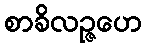
စာခိလဉ္ဇဟေ